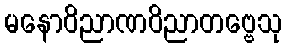
မနောဝိညာဏဝိညာတဗ္ဗေသု